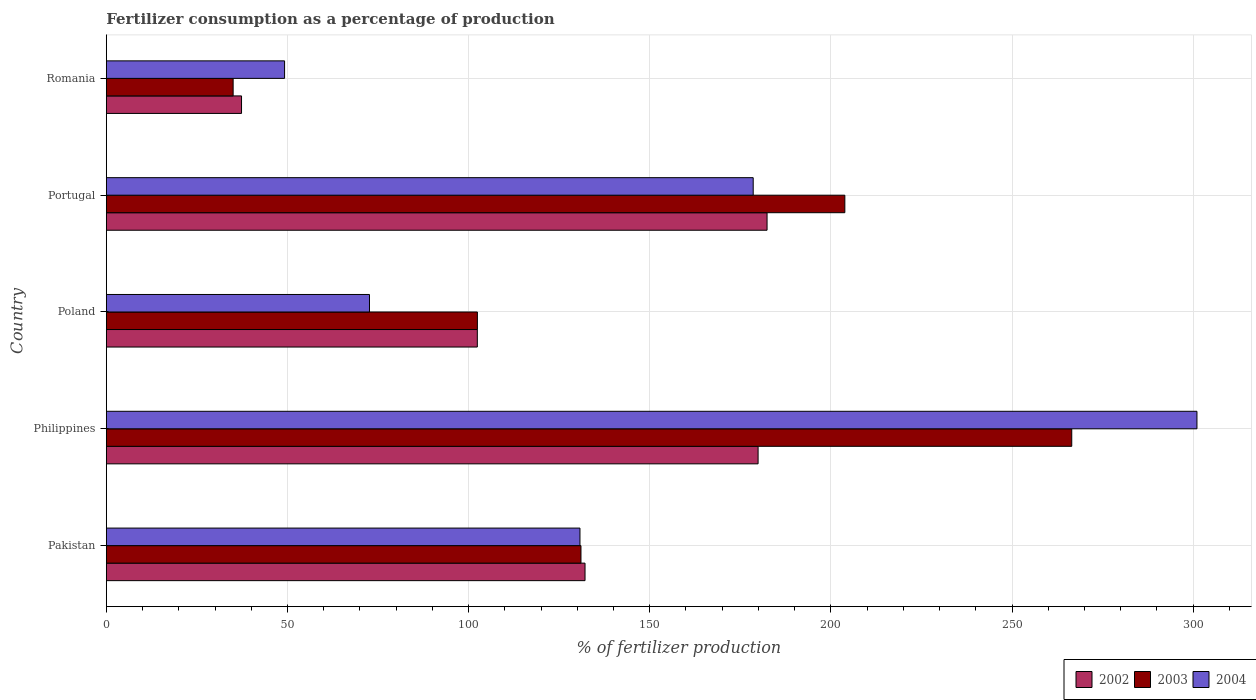
| Country | 2002 | 2003 | 2004 |
 | --- | --- | --- | --- |
 | Pakistan | 132 | 131 | 131 |
 | Philippines | 180 | 266 | 301 |
 | Poland | 102 | 102 | 72.6 |
 | Portugal | 182 | 204 | 179 |
 | Romania | 37.3 | 35 | 49.2 |